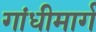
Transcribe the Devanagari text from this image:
गांधीमार्ग